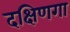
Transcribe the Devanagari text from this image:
दक्षिणगा